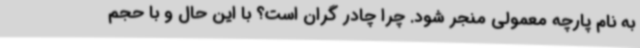
به نام پارچه معمولی منجر شود. چرا چادر گران است؟ با این حال و با حجم